Report on vaccination North-West Frontier Province 1904-1922 - 1904-1922
Year: 1904
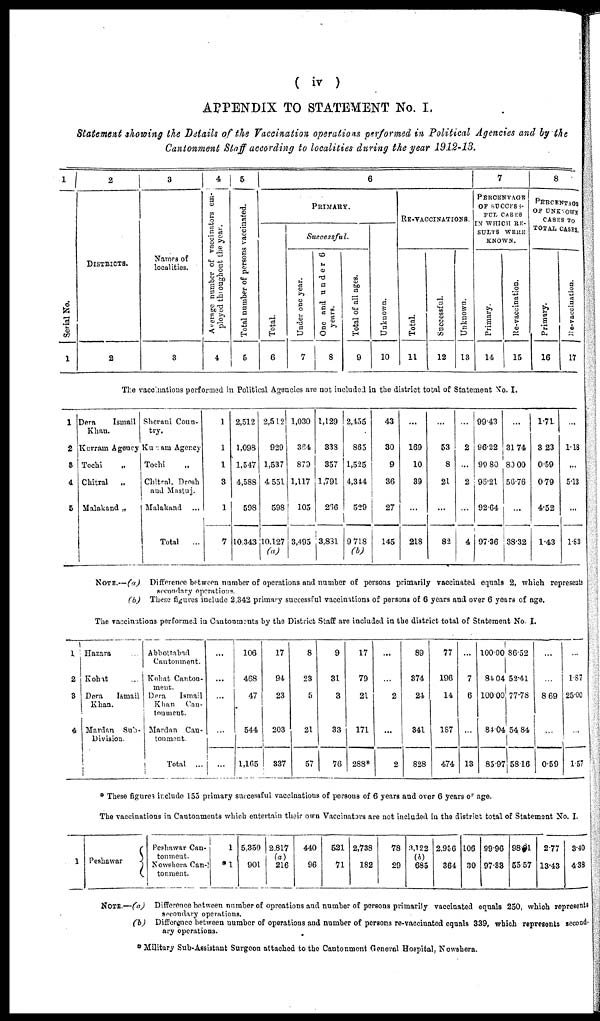
( iv )
APPENDIX TO STATEMENT No. I.
Statement showing the Details of the Vaccination operations performed in Political Agencies and by the
Cantonment Staff according to localities during the year 1912-13.
1
Serial No.
1
2
DISTRICTS.
2
3
Names of
localities.
3
4
Average number of vaccinators em-
ployed throughout the year.
4
6
Total number of persons vaccinated.
5
6
PRIMARY.
Total.
6
Successful.
Uuder one year.
7
One and under 6
years.
8
Total of all ages.
9
Unknown.
10
RE-VACCINATIONS.
Total.
11
Successful.
12
Unknown.
13
7
PERCENTAGE
OF SUCCESS¬
FUL CASES
IN WHICH RE¬
SULTS WERE
KNOWN.
Primary.
14
Re-vaccination.
15
8
PERCENTAGE
OF UNKNOWN
CASES TO
TOTAL CASES.
Primary.
16
Re-vaccination.
17
The vaccinations performed in Political Agencies are not included in the district total of Statement No. I.
1
2
3
4
5
Dera
Ismail
Khan.
Kerram Agency
Tochi
..
Chitral
Malakand „
Sherani Coun-
try.
Kurram Agency
Tochi ..
Chitral Dresh
and Mastuj.
Malakand ..
Total ...
1
1
1
3
1
7
2,512
1,098
1,547
4,588
598
10,343
2,5 12
929
1,537
4, 531
598
10,127
(a)
1,030
364
879
1,117
105
3,493
1,129
338
357
1,791
266
3,831
2,455
865
1,525
4,344
529
97.18
(b)
43
30
9
36
27
145
...
169
10
89
...
218
...
53
8
21
...
82
...
2
...
2
4
99.43
96.22
99.80
96.21
92.64
97.36
...
31.74
80.00
56.76
...
38.32
1.71
3. 23
0.59
0.79
4.52
1.43
...
1.18
...
5.13
...
1.83
NOTE.—(a)
Difference between number of operations and number of persons primarily vaccinated equals 2, which represents
secondary operations.
(b) These figures include 2,342 primary successful vaccinations of persons of 6 years and over 6 years of age.
The vaccinations performed in Cantonments by the District Staff are included in the district total of Statement No I.
1
2
3
4
Hazara
Kohat ...
Dera
Ismail
Khan.
Mardan Sub¬
Division.
Abbottabad
Cantonment.
Kohat Canton¬
ment.
Dera
Ismail
Khan
Can¬
tonment.
Mardan Can¬
tonment.
Total ...
...
...
...
...
...
106
468
47
544
1,165
17
94
23
203
337
8
23
5
21
57
9
31
3
33
76
17
79
21
171
288*
...
...
2
...
2
89
374
24
341
828
77
196
14
187
474
...
7
6
13
100.00
84.04
100.00
84.04
85.97
86.52
52.41
77.78
54.84
58.16
...
...
8.69
...
0.59
...
1 87
25.00
...
1.57
* These figures include 155 primary successful vaccinations of persons of 6 years and over 6 years of age.
The vaccinations in Cantonments which entertain their own Vaccinators are not included in the district total of Statement No. I.
1 Peshawar
Peshawar Can¬
tonment.
Nowshera Can¬
tonment.
1
*1
5,350
901
2.817
(a)
216
440
96
521
71
2,738
182
78
29
3,1 22
(b)
685
2,956
364
106
30
99.96
97.83
98.01
55.57
2.77
13.43
3.40
4.38
NOTE.—(a)
Difference between number of opreations and number of persons primarily vaccinated equals 250, which represents
secondary operations.
(b)
Difference between number of operations and number of persons re-vaccinated equals 339, which represents second-
ary operations.
* Military Sub-Assistant Surgeon attached to the Cantonment General Hospital, Nowshera.